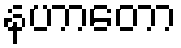
နဟာတော